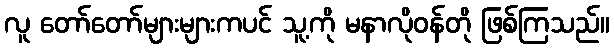
လူ တော်တော်များများကပင် သူ့ကို မနာလိုဝန်တို ဖြစ်ကြသည်။